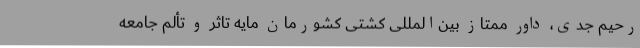
رحیم جدی، داور ممتاز بین‌المللی کشتی کشورمان مایه تاثر و تألم جامعه